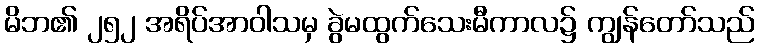
မိဘ၏ ၂၅၂ အရိပ်အာဝါသမှ ခွဲမထွက်သေးမီကာလ၌ ကျွန်တော်သည်